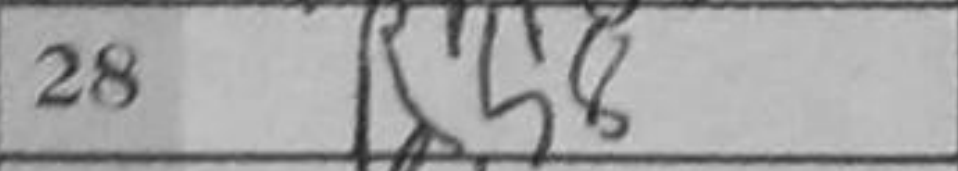
Transcription: Rh8